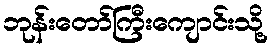
ဘုန်းတော်ကြီးကျောင်းသို့